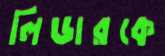
লিডারকে